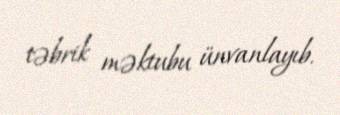
təbrik məktubu ünvanlayıb.